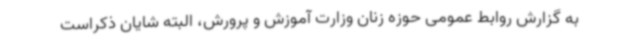
به گزارش روابط عمومی حوزه زنان وزارت آموزش و پرورش، البته شایان ذکراست